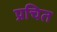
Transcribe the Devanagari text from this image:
प्रचित